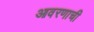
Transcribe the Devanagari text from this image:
आवरणाची